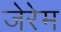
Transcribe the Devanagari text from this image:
जेरेम